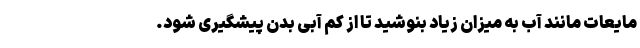
مایعات مانند آب به میزان زیاد بنوشید تا از کم آبی بدن پیشگیری شود.